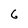
Character: 6